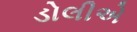
ડોલીએ